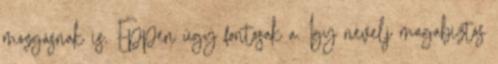
mozgásnak is. Éppen úgy fontosak a. Így nevelj magabiztos